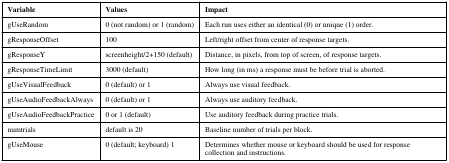
| Variable | Values | Impact |
 | --- | --- | --- |
 | gUseRandom | 0 (not random) or 1 (random) | Each run uses either an identical (0) or unique (1) order. |
 | gResponseOffset | 100 | Left/right offset from center of response targets. |
 | gResponseY | screenheight/2+150 (default) | Distance, in pixels, from top of screen, of response targets. |
 | gResponseTimeLimit | 3000 (default) | How long (in ms) a response must be before trial is aborted. |
 | gUseVisualFeedback | 0 (default) or 1 | Always use visual feedback. |
 | gUseAudioFeedbackAlways | 0 (default) or 1 | Always use auditory feedback. |
 | gUseAudioFeedbackPractice | 0 or 1 (default) | Use auditory feedback during practice trials. |
 | numtrials | default is 20 | Baseline number of trials per block. |
 | gUseMouse | 0 (default; keyboard) 1 | Determines whether mouse or keyboard should be used for response collection and instructions. |